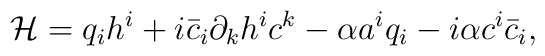
{\cal H}  = q_{i}h^{i}          + i\bar c_{i}\partial_{k}h^{i}c^{k}          - \alpha a^{i}q_{i}          - i\alpha c^{i}\bar c_{i},